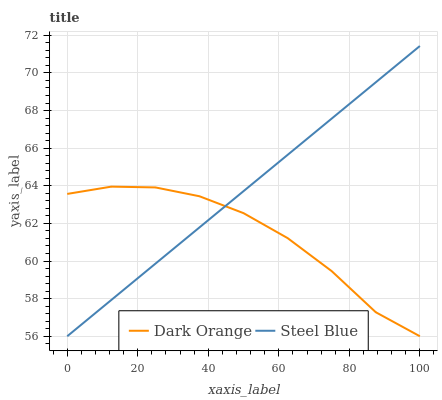
| xaxis_label | Dark Orange | Steel Blue |
 | --- | --- | --- |
 | 0 | 63.6 | 56 |
 | 12.5 | 64 | 57.9 |
 | 25 | 63.9 | 59.9 |
 | 37.5 | 63.4 | 61.8 |
 | 50 | 62.5 | 63.7 |
 | 62.5 | 61.2 | 65.6 |
 | 75 | 59.5 | 67.6 |
 | 87.5 | 57.3 | 69.5 |
 | 100 | 56 | 71.4 |